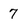
Character: 7